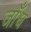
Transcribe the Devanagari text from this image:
जाँध